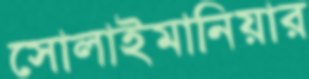
সোলাইমানিয়ার